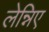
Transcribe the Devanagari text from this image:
लेन्निए